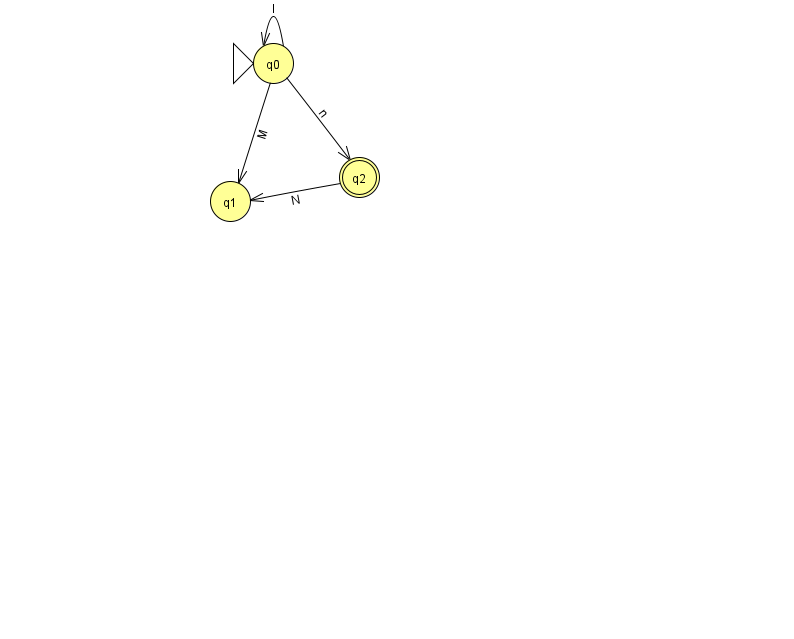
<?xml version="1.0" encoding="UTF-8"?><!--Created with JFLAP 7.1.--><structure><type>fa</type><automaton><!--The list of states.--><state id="0" name="q0"><x>273.0</x><y>50.0</y><initial/></state><state id="1" name="q1"><x>230.0</x><y>188.0</y></state><state id="2" name="q2"><x>359.0</x><y>164.0</y><final/></state><!--The list of transitions.--><transition><from>0</from><to>1</to><read>M</read></transition><transition><from>2</from><to>1</to><read>N</read></transition><transition><from>0</from><to>0</to><read>l</read></transition><transition><from>0</from><to>2</to><read>n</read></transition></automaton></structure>